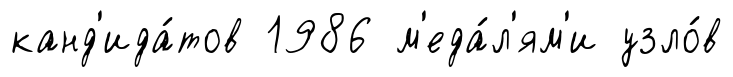
канд'ида́тов 1986 м'еда́л'ям'и узло́в